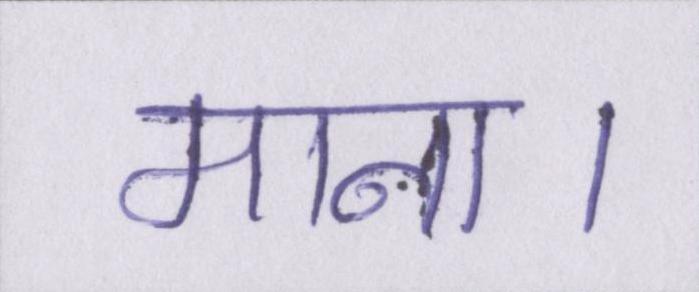
माना।